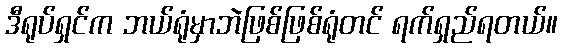
ဒီရုပ်ရှင်က ဘယ်ရုံမှာဘဲဖြစ်ဖြစ်ရုံတင် ရက်ရှည်ရတယ်။